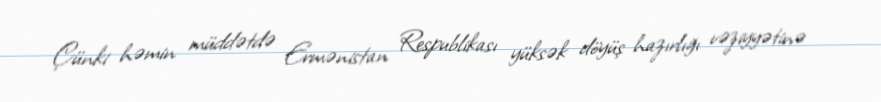
Çünki həmin müddətdə Ermənistan Respublikası yüksək döyüş hazırlığı vəziyyətinə